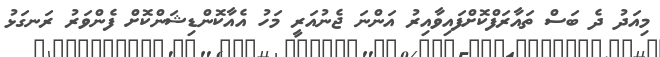
މިއަދު ދެ ބަސް ތައާރަފްކޮށްފައިވާއިރު އަންނަ ޖެނުއަރީ މަހު އެއާކޮންޑިޝަންކޮށް ފެންވަރު ރަނގަޅު